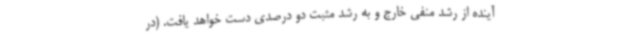
آینده از رشد منفی خارج و به رشد مثبت دو درصدی دست خواهد یافت. (در